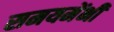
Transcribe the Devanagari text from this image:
समयमेंभी